65_HS1-834228961_62-HQ-83894_Serial_164
Agency: FBI
Page 19
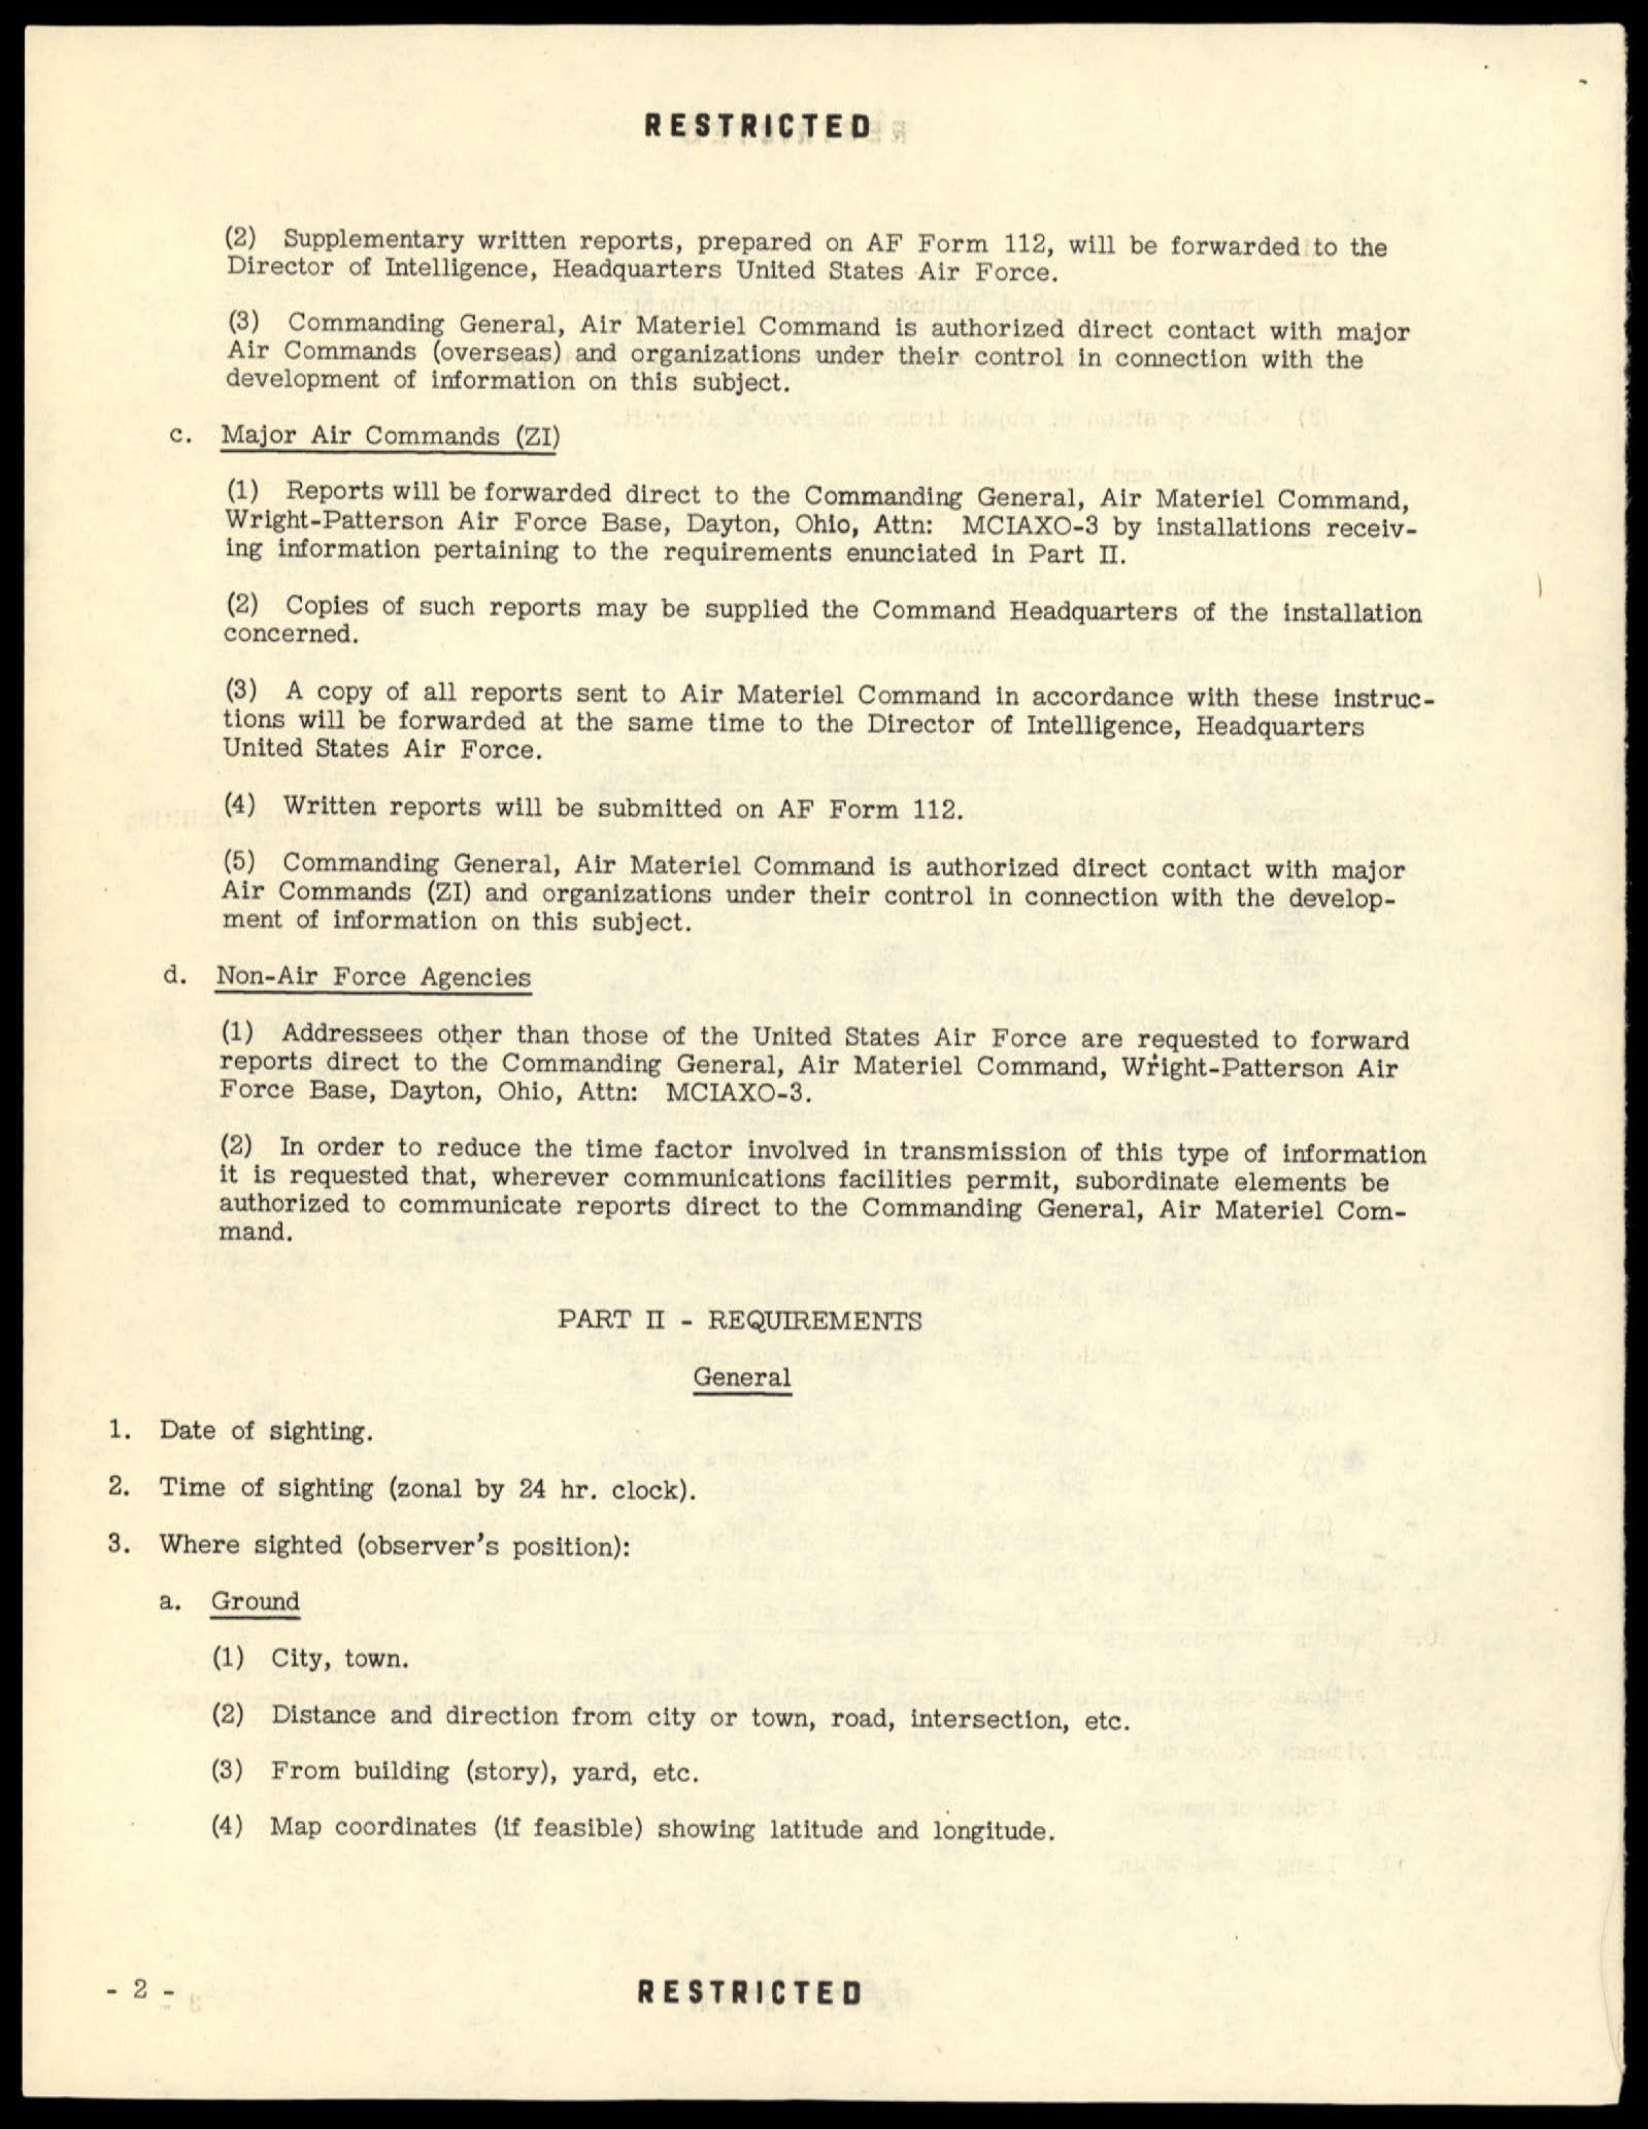